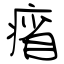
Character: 㾪